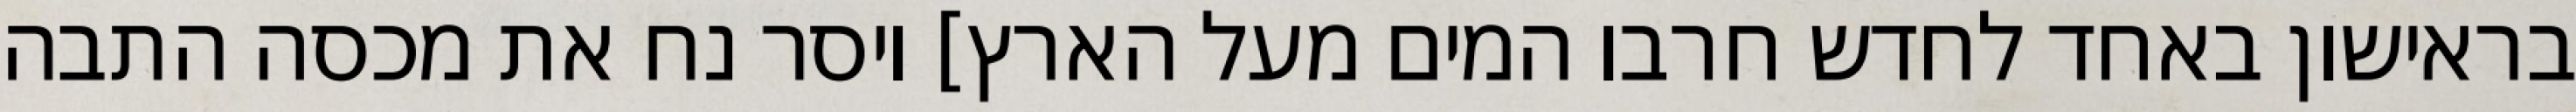
בראישון באחד לחדש חרבו המים מעל הארץ] ויסר נח את מכסה התבה